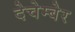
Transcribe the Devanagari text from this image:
देचेम्बेर